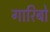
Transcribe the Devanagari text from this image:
गारिबो